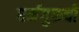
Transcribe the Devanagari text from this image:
धर्मगुरूची